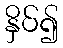
နှိပ်၍